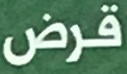
قرض